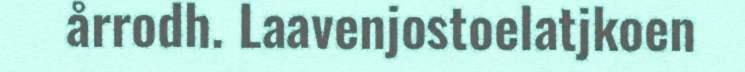
årrodh. Laavenjostoelatjkoen